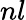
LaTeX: nl